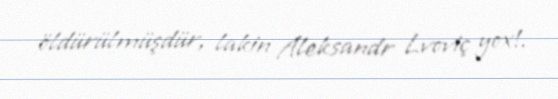
öldürülmüşdür, lakin Aleksandr Lvoviç yox!.